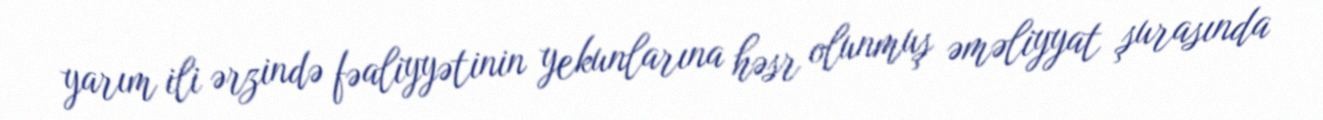
yarım ili ərzində fəaliyyətinin yekunlarına həsr olunmuş əməliyyat şurasında